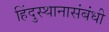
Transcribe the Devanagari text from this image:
हिंदुस्थानासंबंधी